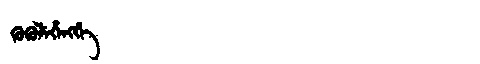
Manchu: ᡴᡠᡴᡠᠯᡝᡥᡝᠩᡤᡝ
Romanization: KUKULEHENGGE